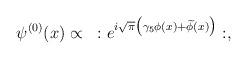
LaTeX: \begin{align*}\psi^{(0)} (x)\propto ~:e^{i\sqrt{\pi}\bigl(\gamma_5 \phi (x)+\widetilde\phi(x)\bigr)}:,\end{align*}